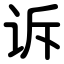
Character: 诉